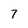
Character: 7